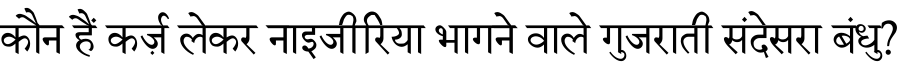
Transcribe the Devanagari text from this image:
कौन हैं कर्ज़ लेकर नाइजीरिया भागने वाले गुजराती संदेसरा बंधु?